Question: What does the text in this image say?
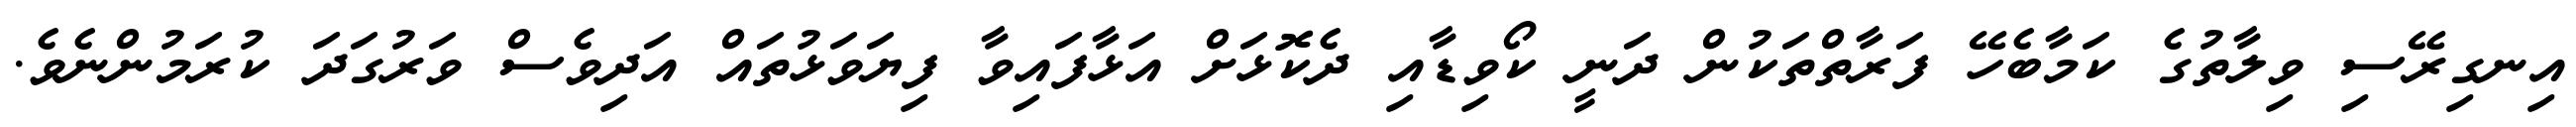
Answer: އިނގިރޭސި ވިލާތުގެ ކަމާބެހޭ ފަރާތްތަކުން ދަނީ ކޯވިޑާއި ދެކޮޅަށް އަޅާފައިވާ ފިޔަވަޅުތައް އަދިވެސް ވަރުގަދަ ކުރަމުންނެވެ.